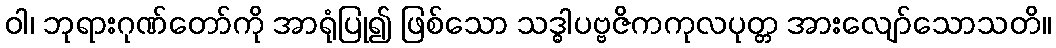
ဝါ၊ ဘုရားဂုဏ်တော်ကို အာရုံပြု၍ ဖြစ်သော သဒ္ဓါပဗ္ဗဇိကကုလပုတ္တ အားလျော်သောသတိ။